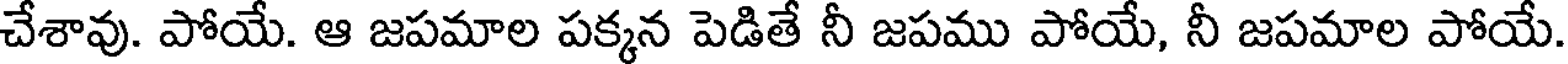
చేశావు. పోయే. ఆ జపమాల పక్కన పెడితే నీ జపము పోయే, నీ జపమాల పోయే.